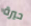
حيرة